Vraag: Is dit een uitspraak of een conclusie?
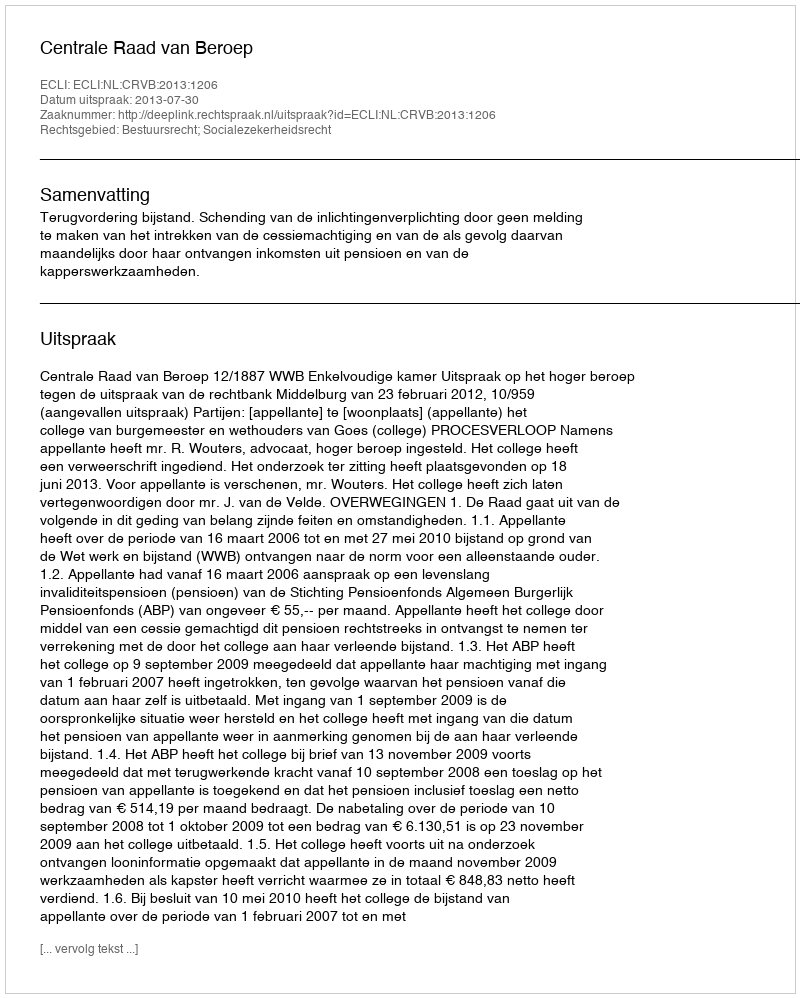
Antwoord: Uitspraak